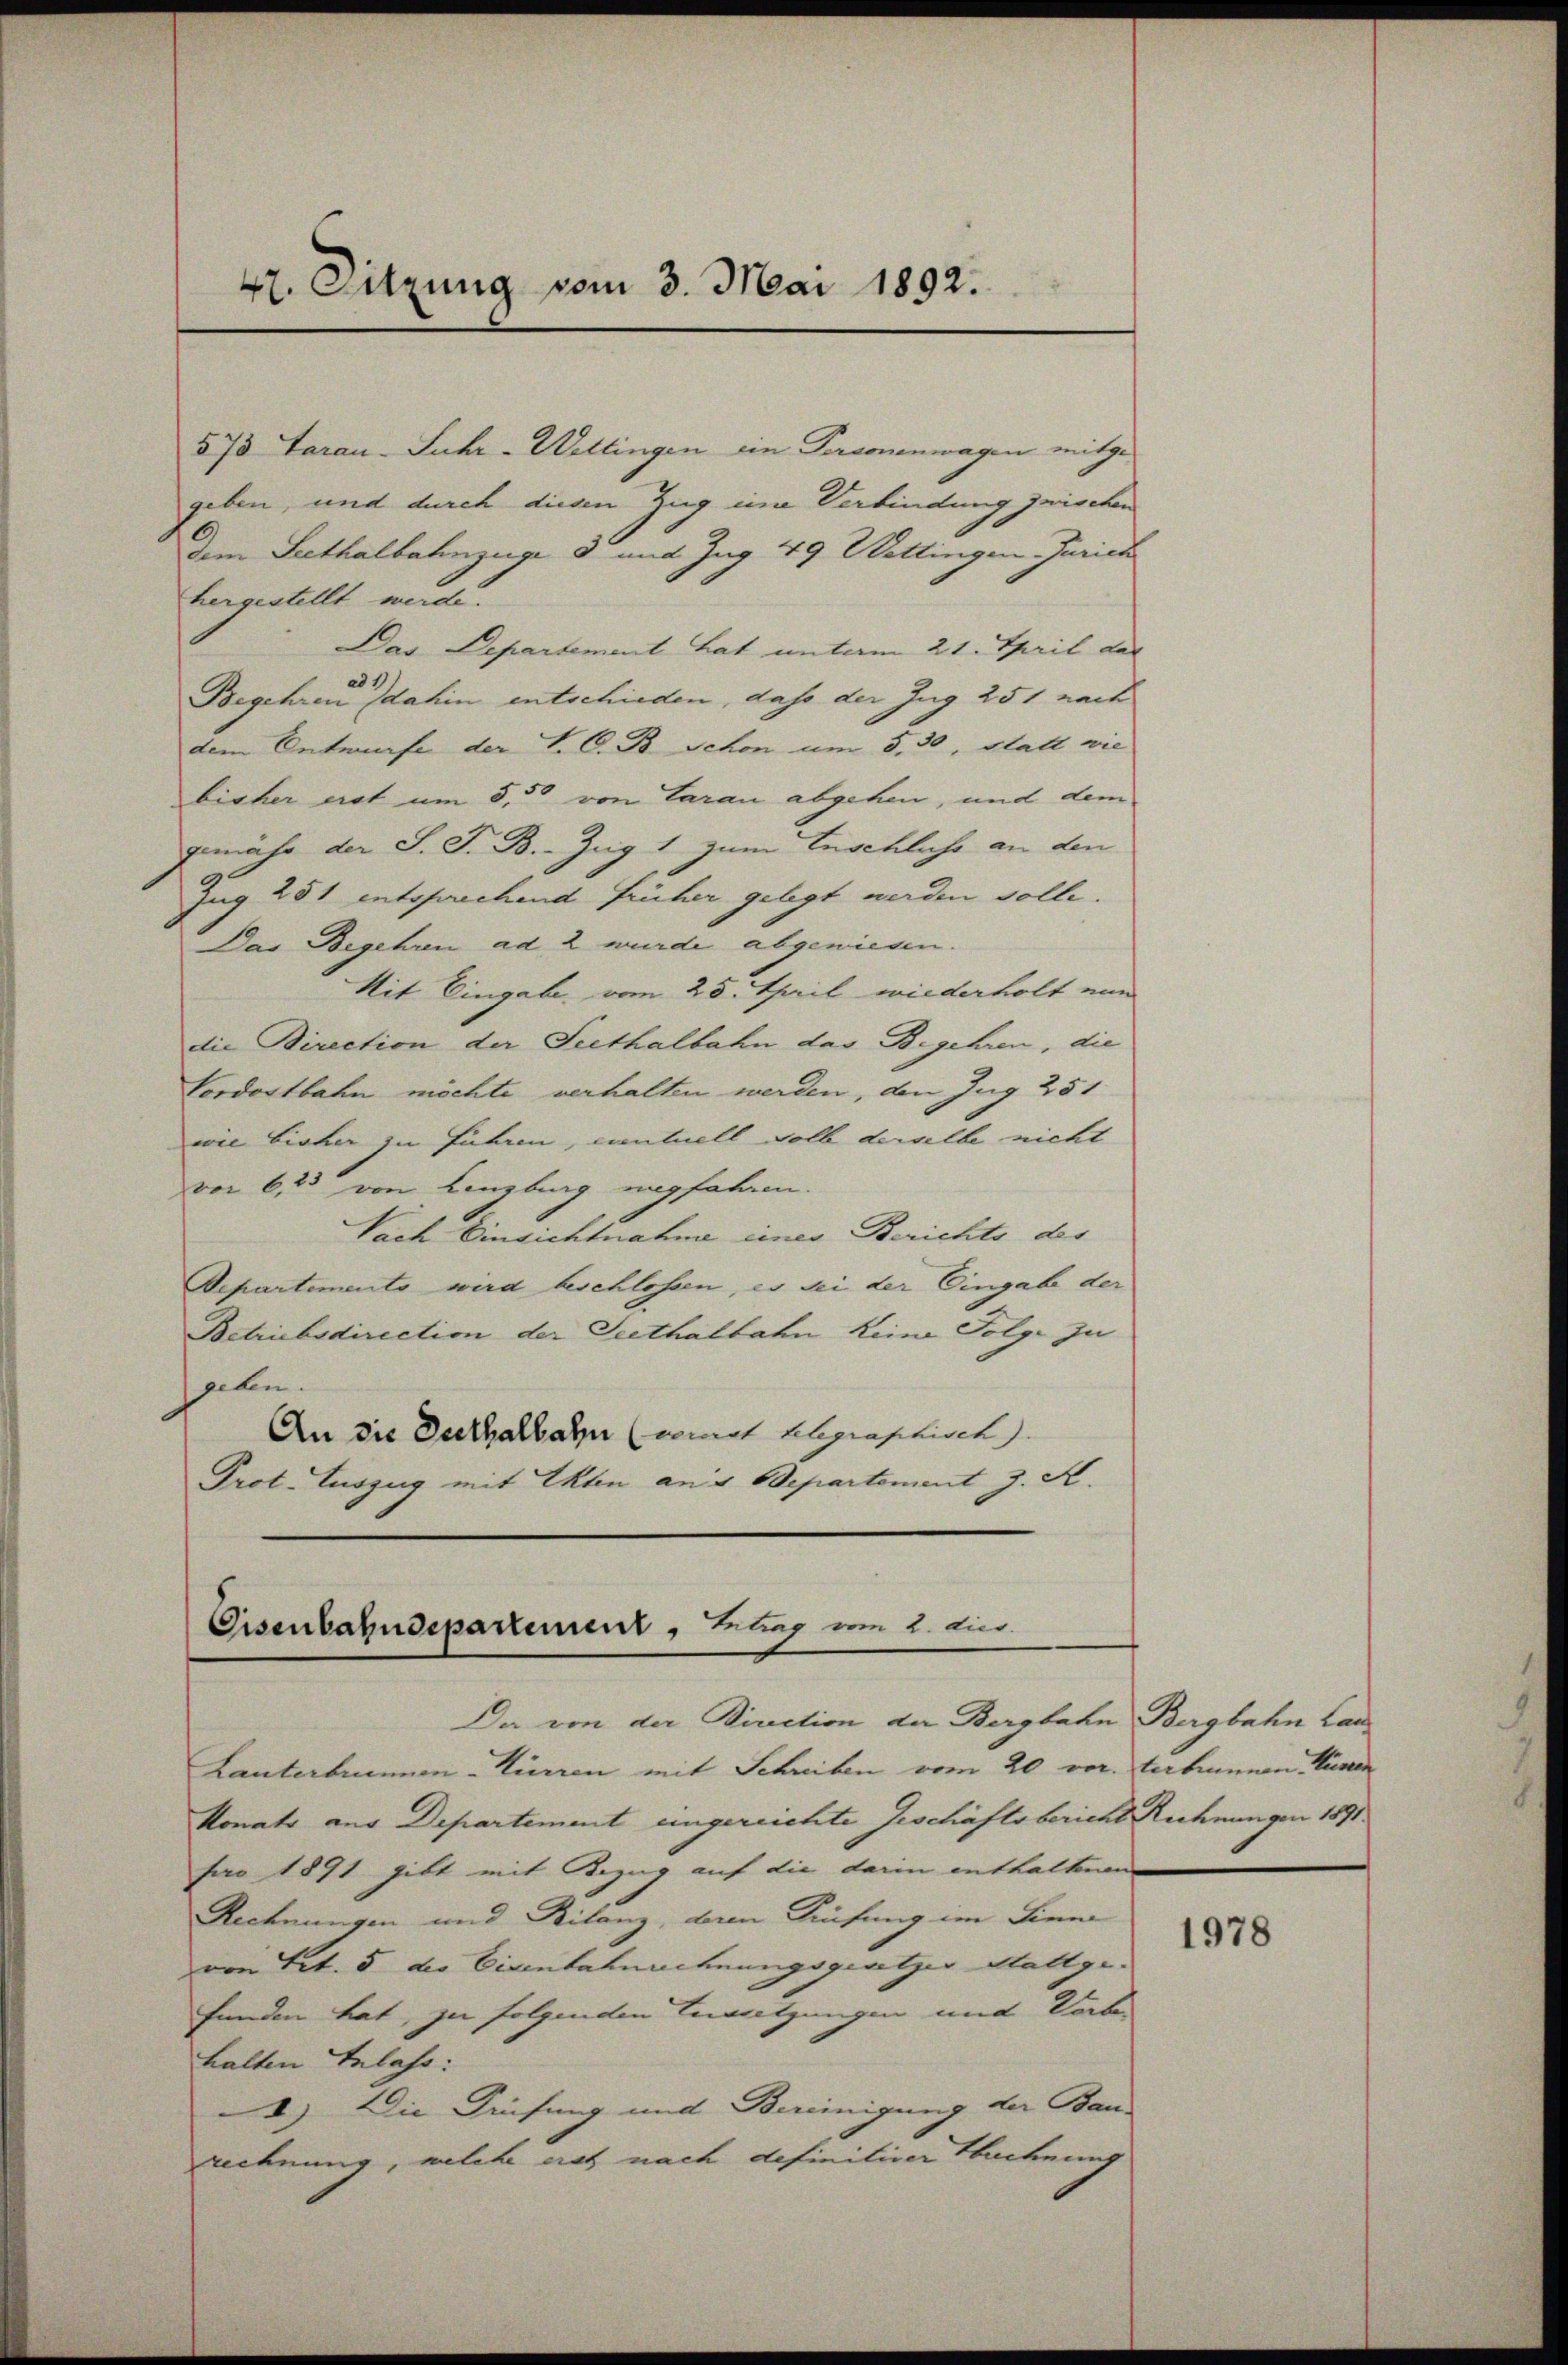
42. Sitzung vom 3. Mai 1892.

573 Taran-Suhr- Wettingen ein Personenwagen mitgegeben, und durch diesen Zug eine Verbindung zwischen
dem Seethalbahnzüge 3 mit Zug 49 Wettingen Jurich
hergestellt werde.
Das Departement hat unterm 21. April das
201
Begehren dahin entschieden, das der Zug 251 nach
dem Entwurfe der L. C. B. Schon um 5,30, statt wie
bisher erst um 5,5 von Caran abgehen, und dem
gemäss der S. J. B. Zug 1 zum Enschliche an den
Zug 231 entsprechend früher gelegt werden solle.
Das Begehren ad 2 wurde abgewiesen.
Mit Eingabe, vom 25. Teil wiederholt ein
die Direction der Seethalbahn das Begehren, die
Cordostbahn möchte verhalten werden, den Zug 251
wie bisher zu führen, eintuell voll derselbe nicht
von 623 von Lenzburg ungfahren.
Nach Einsichtnahme einer Berichts der
Departements wird beschlossen, es sei der Eingabe der
Betriebsdirection der Seethalbahn keine Folge zu
geben
An die Beethalbahn (worunt telegraphisch
Prot. Auszug mit Akten ans Departement J. K.

Eisenbahndepartement, Erlag um 1. Aus

Da von der Direction der Bergbahn Bergbahn Lan
Lanterbrunnen-Tieren mit Schreiben vom 20. ver
konats aus Departement ungereichte Geschäftsbericht Rechnungen 1891
pro 1891 gibt mit Bezug auf die darin enthaltenen
Rechnungen und Bilanz, dem Sinfung im Sinne
von Tit. 5 die Eisenbahnnehnungsgeritzer Stattge
funden hat, zu folgenden Envetzungen und Vorbehalten Inlass:
) Die Prüfung und Bereinigung der Baurechnung, welche erst nach definitiver Hechnung

terbummen Küsten

1978